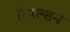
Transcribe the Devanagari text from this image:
रिपल्शन